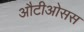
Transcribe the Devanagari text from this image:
औटीओसस